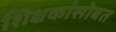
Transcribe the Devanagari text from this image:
शिक्षकांसोबत